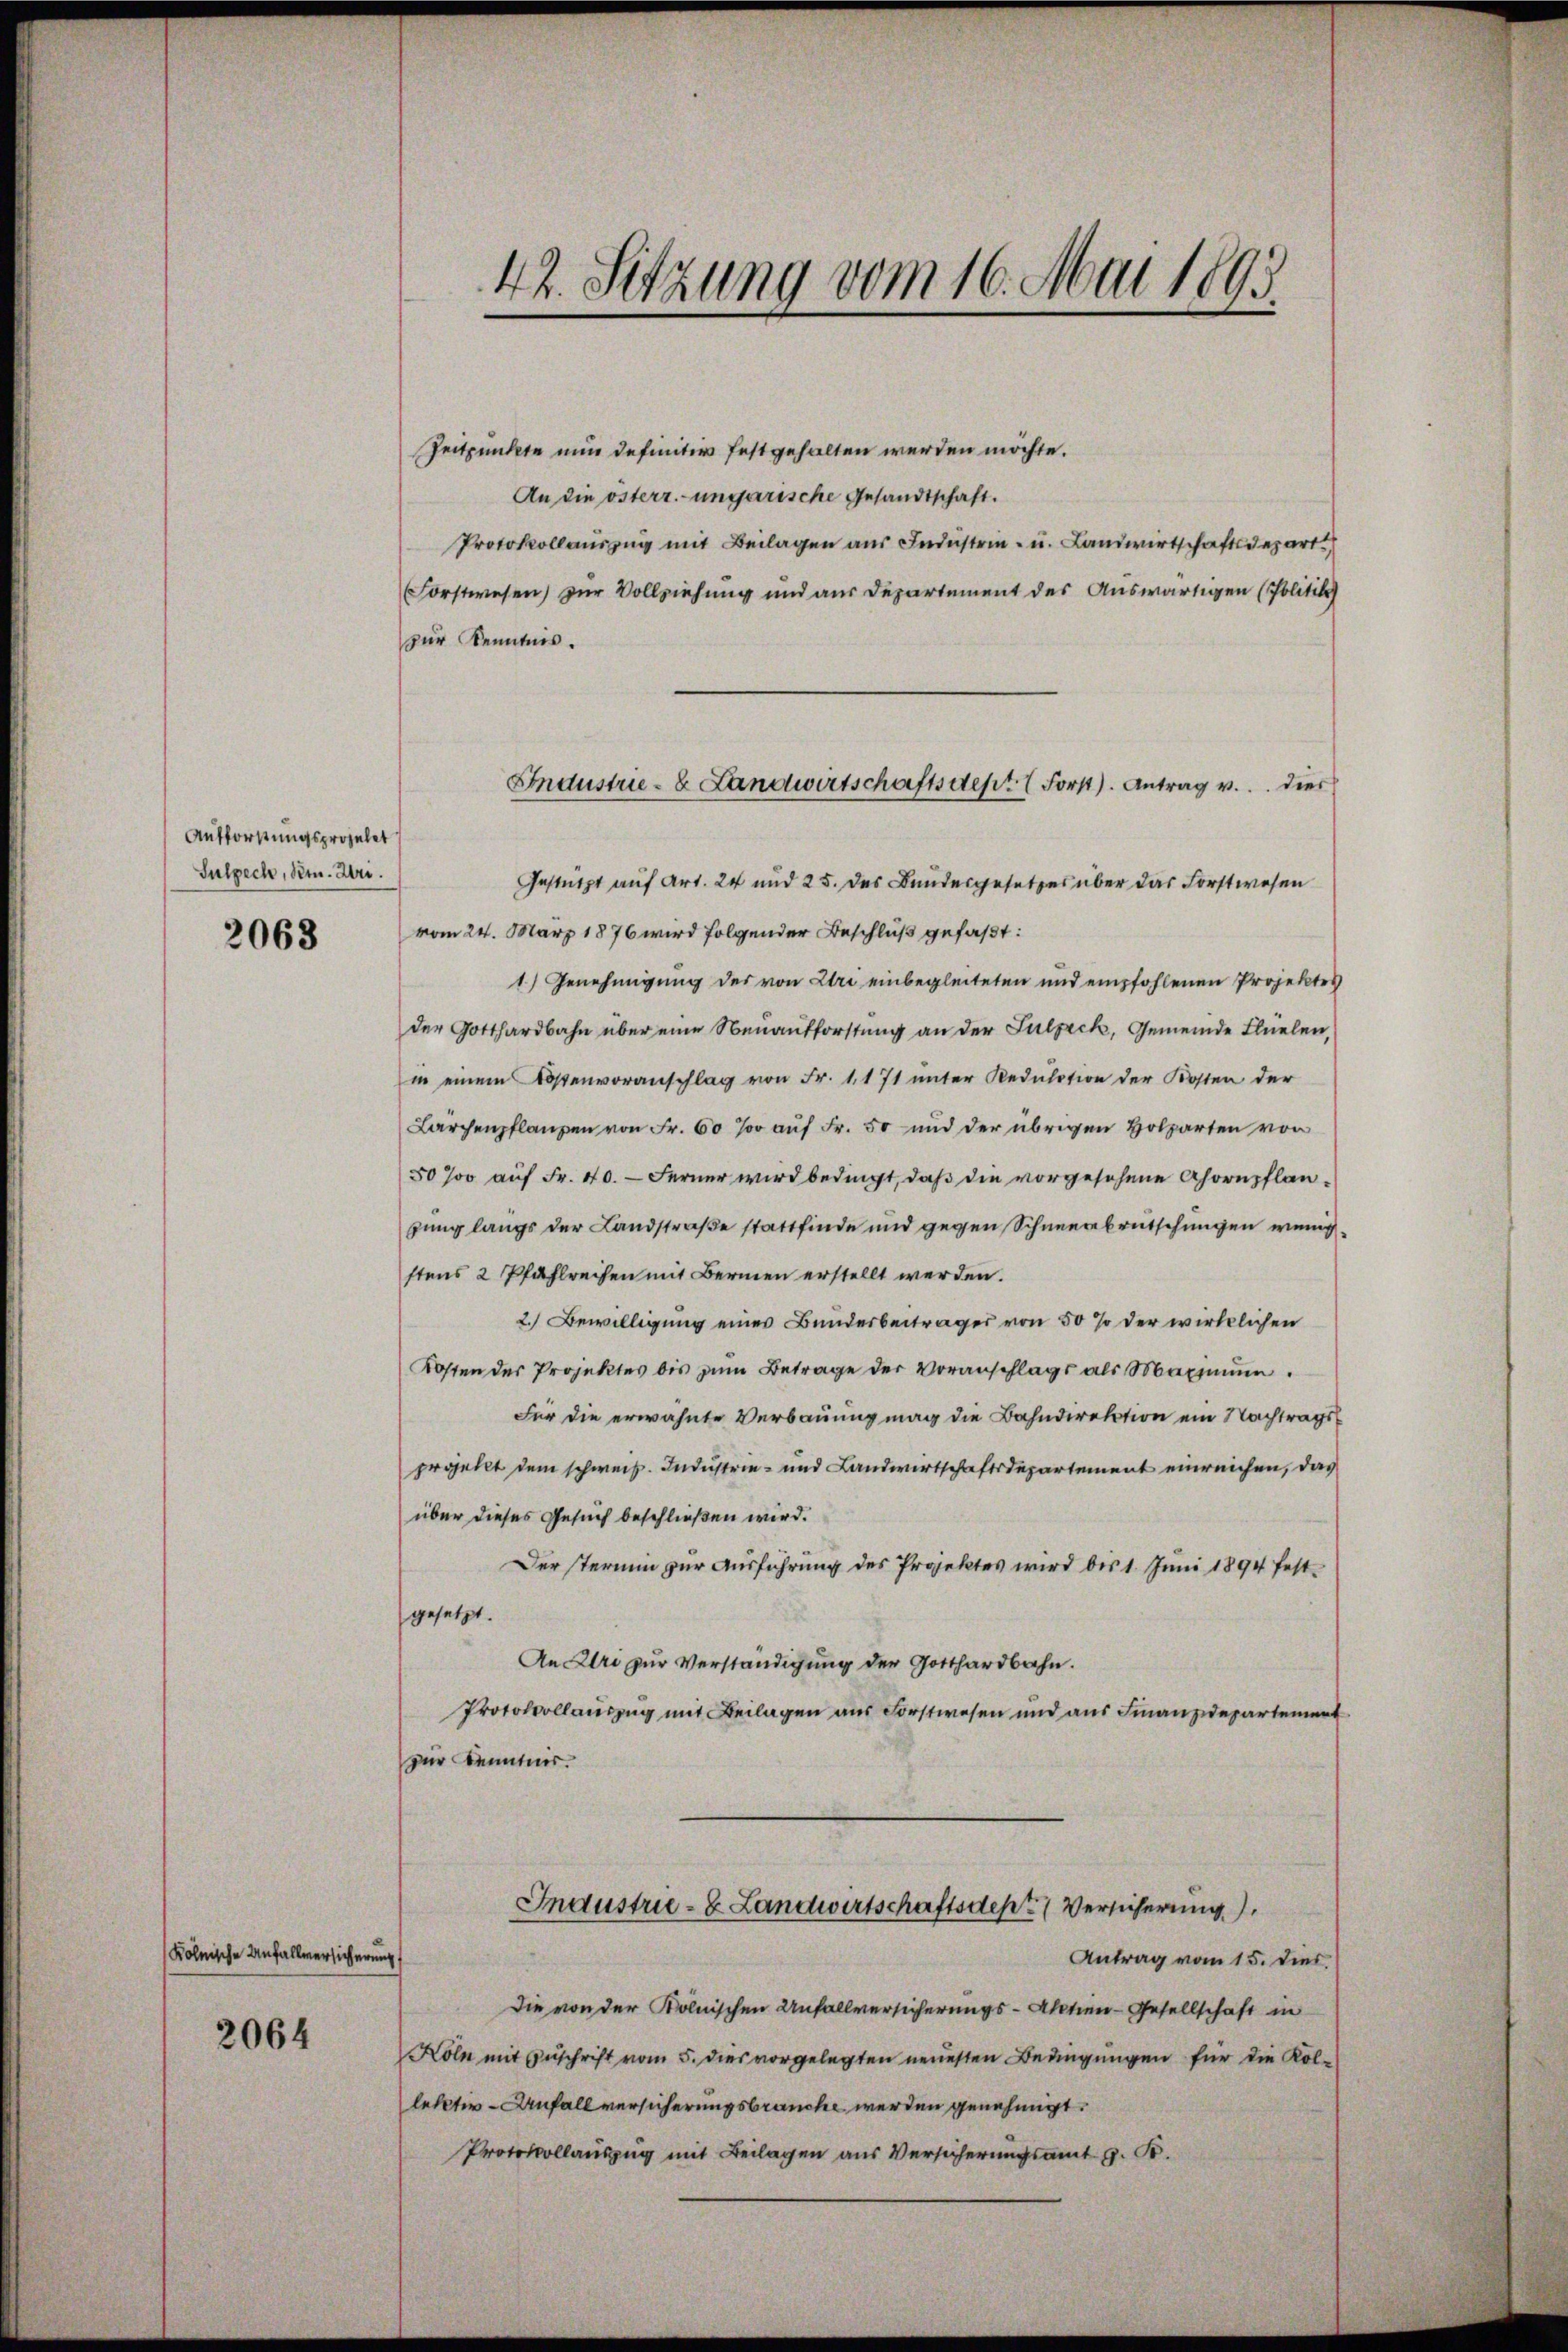
Aufforstungsprozelet
Sulpech, Bern. Uri.

2063

Kölnische Unfallversicherung

2064

42. Sitzung vom 16. Mai 1895.

Zeitpunkte nun definitiv festgehalten werden möchte.
An die österr. ungarische Gesandtschaft.
Protokollauszug mit Beilagen aus Industrei- u. Landwirtschaftsdepart
Forstwesen) zur Vollziehung und aus Departement des Auswärtigen (Politik
zur Kenntnis.
Gestützt auf Art. 24 und 25. des Bundesgesetzes über das Forstwesen
vom 24. März 1876 wird folgender Beschluß gefaßt:
1) Genehmigung des von Uri einbegleiteten und empfohlenen Projektes
der Gotthardbahn über eine Neuaufforstung an der Sulzeck, Gemeinde Flüelen,
in einem Kostenvoranschlag von Fr. 1171 unter Redulation der Kosten der
Larchenpflanzen von Fr. 60 % aŭf Fr. 50 und der übrigen Holzarten von
50 % auf Fr. 40. — Ferner wird bedingt, daß die vorgesehene Ahornpflangung langs der Landstraße stattfinde und gegen Schneerbrutschungen wenig
stens 2 Pfahlreihen mit Bernen erstellt werden.
2. Bewilligung eines Bundesbeiträger von 50 % der wirklichen
Kosten des Projektes bis zŭm Betrage der Voranschlags als Maximum.
Für die erwähnte Verbauung mag die Bahndirektion ein Nachtragsprojellt dem schweiz. Industrie- und Landwirtschaftsdepartement einreichen, das
über dieses Gesuch beschließen wird.
Der stermin zur Ausführung des Projektes wird bis 1. Juni 1894 fest-
gesetzt.
An Uri zur Verständigung der Gotthardbahn.
Protokollauszug mit Beilagen aus Forstwesen und aus Finanzdepartement
zur Kenntnis.

Industrie- & Landwirtschaftsdept Forst). Antrag v. dies

Industrie- & Landwirtschaftsdepe Versicherung
Antrag vom 15. dies.

Die von der Kölnischen Unfallversicherungs-Aktien-Gesellschaft in
Köln mit Zuschrift vom 5. dies vorgelegten neuesten Bedingungen für die Kol-
lectiv-Anfall versicherungsbrauche werden genehmigt.
Protokollauszug mit Beilagen aus Versicherungsamt G. K.